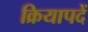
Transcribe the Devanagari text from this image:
क्रियापदें